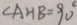
\angle A H B = 9 0 ^ { \circ }